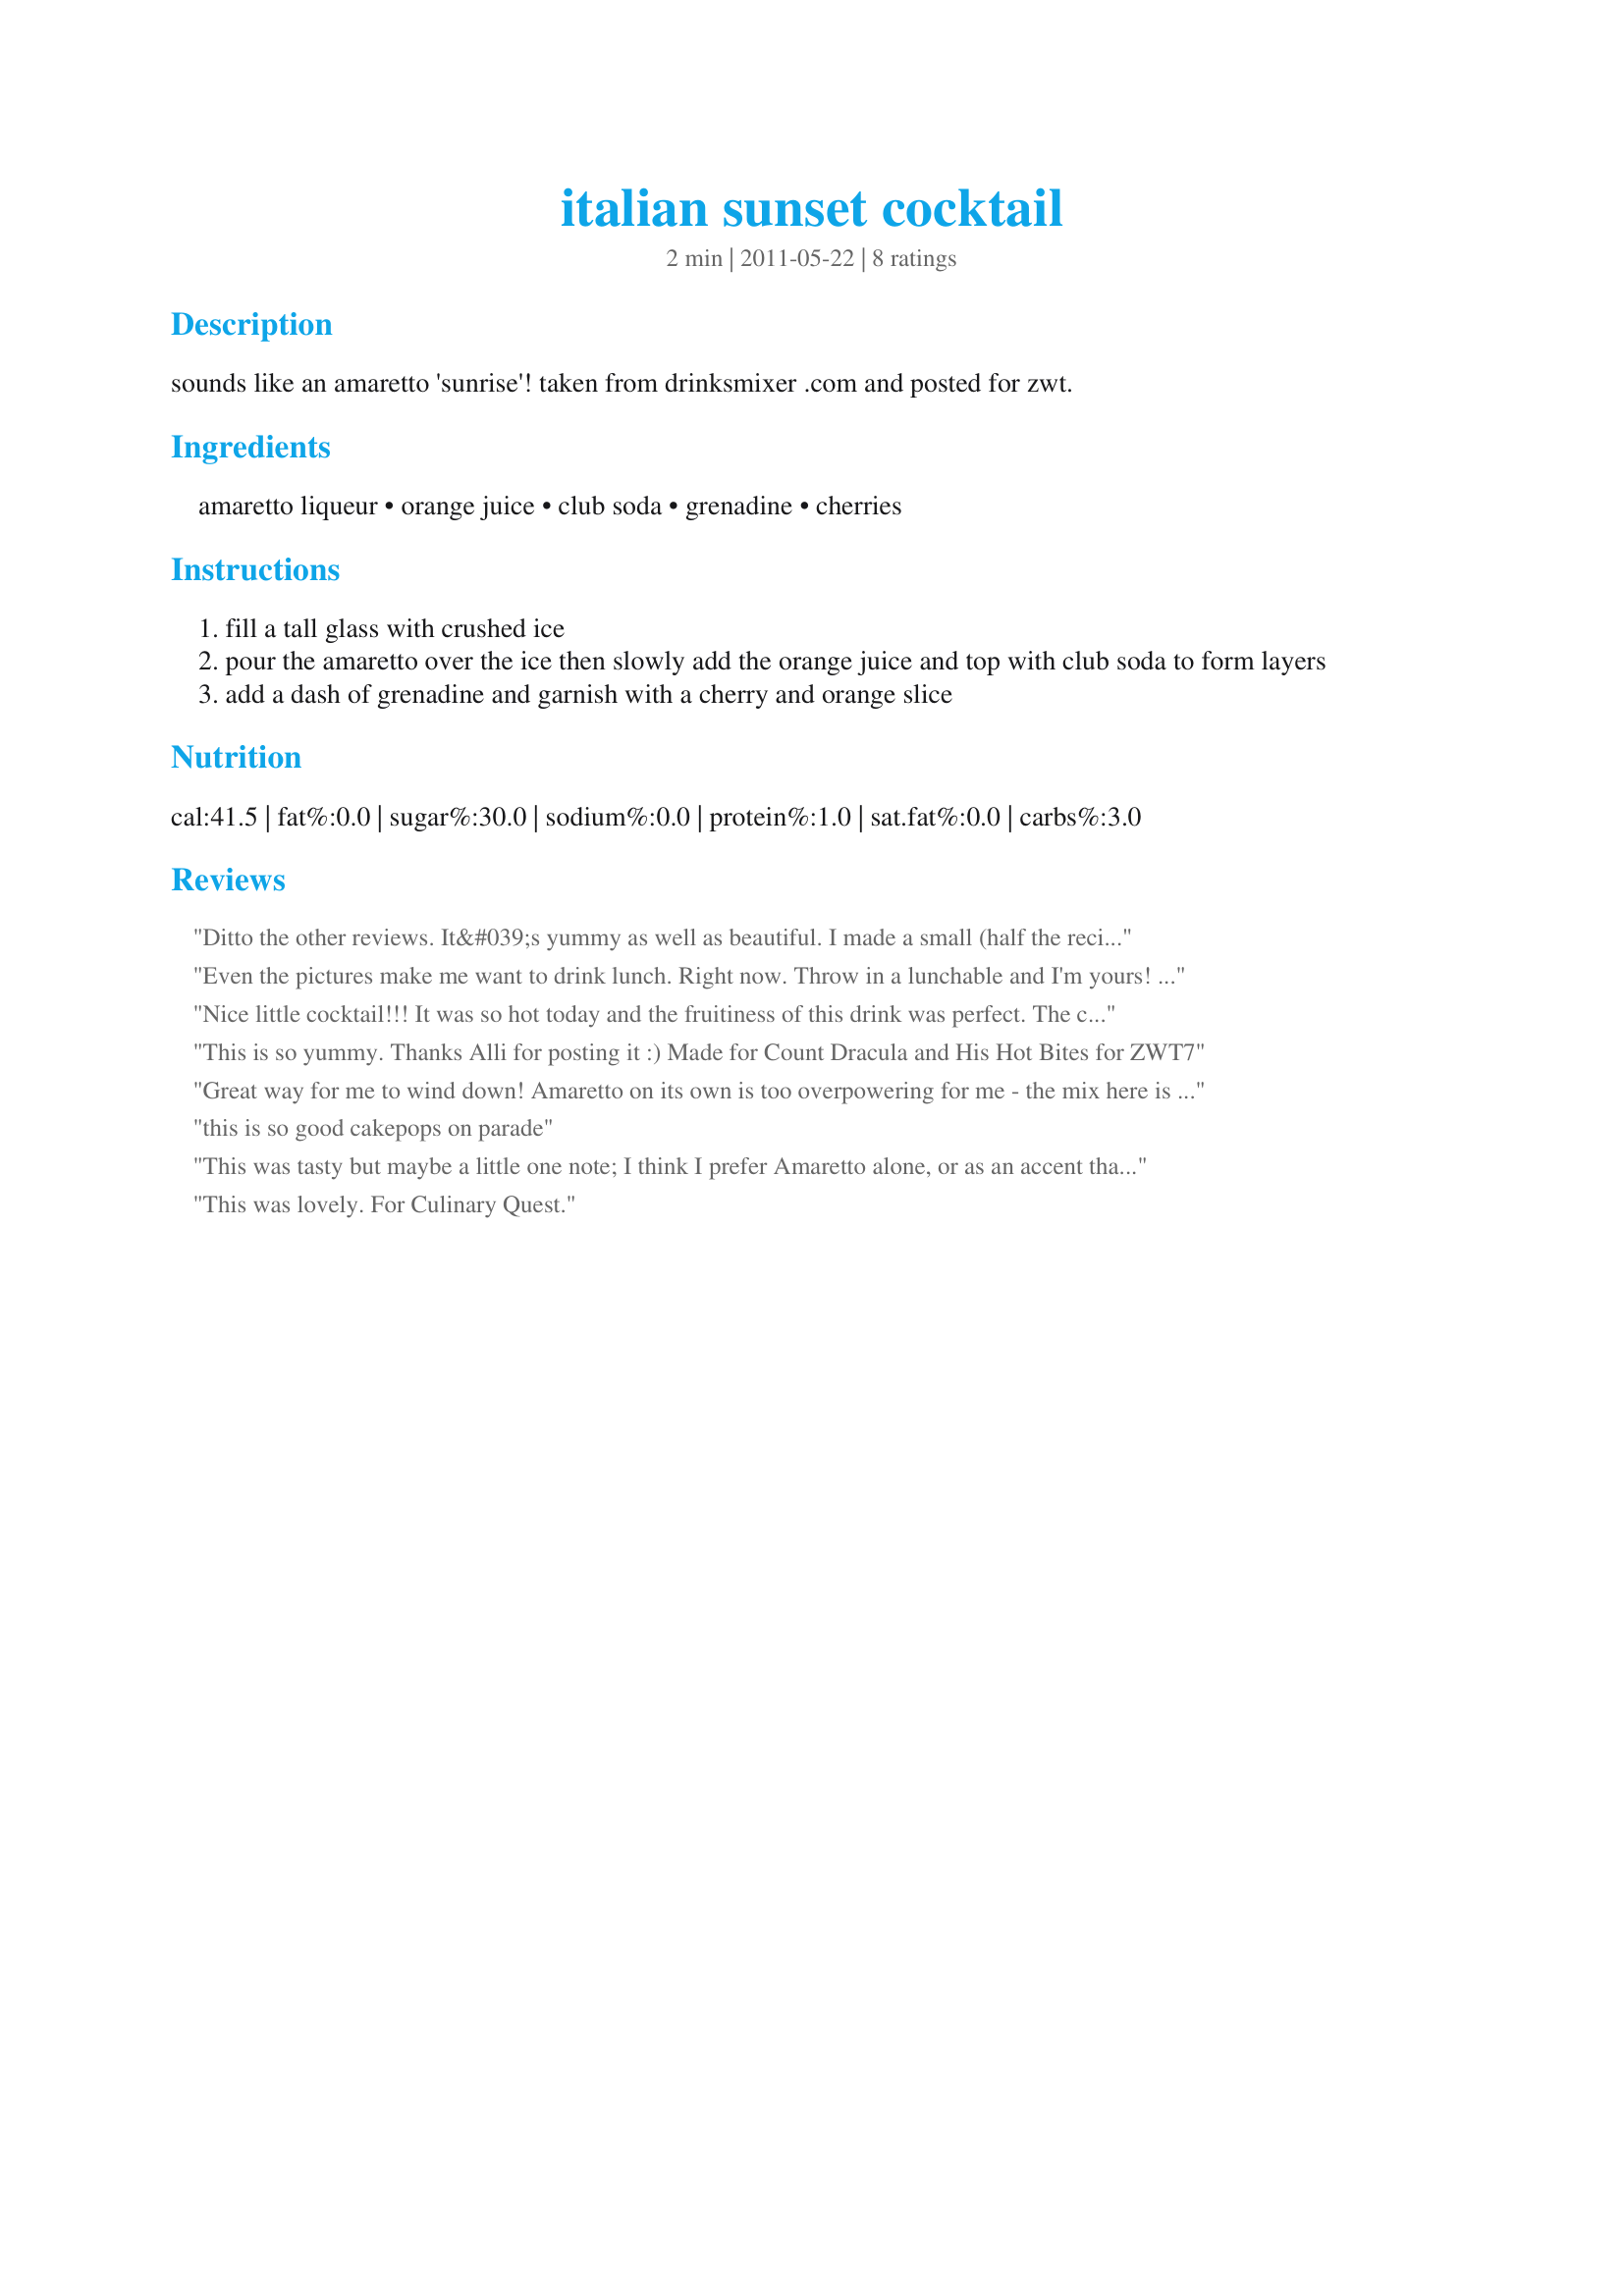
italian sunset cocktail
Preparation time: 2 minutes

sounds like an amaretto 'sunrise'! taken from drinksmixer .com and posted for zwt.

Ingredients:
amaretto liqueur, orange juice, club soda, grenadine, cherries

Steps:
fill a tall glass with crushed ice
pour the amaretto over the ice then slowly add the orange juice and top with club soda to form layers
add a dash of grenadine and garnish with a cherry and orange slice

Reviews:
Ditto the other reviews. It&#039;s yummy as well as beautiful. I made a small (half the recipe amount) glass after dinner last night and fell asleep on the sofa not to long thereafter so I&#039;d say that it&#039; great for relaxing too, lol. Made for Culinary Quest 2014
Even the pictures make me want to drink lunch. Right now. Throw in a lunchable and I'm yours! Made for Everyday Is A Holiday.
Nice little cocktail!!! It was so hot today and the fruitiness of this drink was perfect. The club soda keeps it from being overly sweet. We both enjoyed a couple of them!!! Thanks for sharing this one Alligirl! Made for ZWT-7.
This is so yummy. Thanks Alli for posting it :) Made for Count Dracula and His Hot Bites for ZWT7
Great way for me to wind down! Amaretto on its own is too overpowering for me - the mix here is excellent.
this is so good cakepops on parade
This was tasty but maybe a little one note; I think I prefer Amaretto alone, or as an accent that said I would drink another : ) ! Made for the 2014 Culinary Quest for the Cruisin Culinary Queens
This was lovely. For Culinary Quest.
